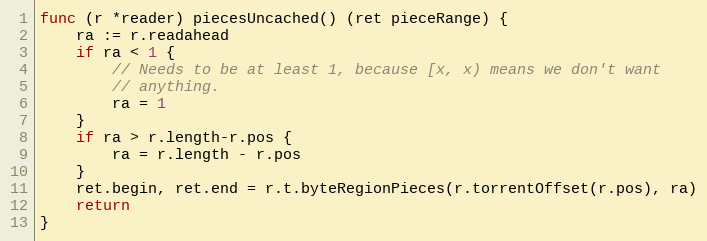
Language: Go
func (r *reader) piecesUncached() (ret pieceRange) {
	ra := r.readahead
	if ra < 1 {
		// Needs to be at least 1, because [x, x) means we don't want
		// anything.
		ra = 1
	}
	if ra > r.length-r.pos {
		ra = r.length - r.pos
	}
	ret.begin, ret.end = r.t.byteRegionPieces(r.torrentOffset(r.pos), ra)
	return
}